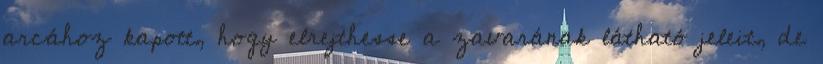
arcához kapott, hogy elrejthesse a zavarának látható jeleit, de